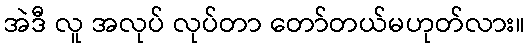
အဲဒီ လူ အလုပ် လုပ်တာ တော်တယ်မဟုတ်လား။